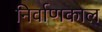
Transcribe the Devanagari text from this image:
निर्वाणकाल